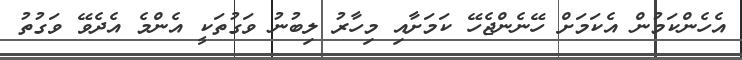
އެހެންކަމުން އެކަމަށް ހޭނެންޖެހޭ ކަމަށާއި މިހާރު ލިބުނު ވަގުތަކީ އެންމެ އެދެވޭ ވަގުތު